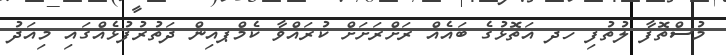
މުސްތޮފާ ލުތުފި ހދ އަތޮޅުގެ ބައެއް ރަށްރަށަށް ކުރައްވާ ކެމްޕއިން ދަތުރުފުޅެއްގައި މިއަދު